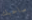
صاحبك